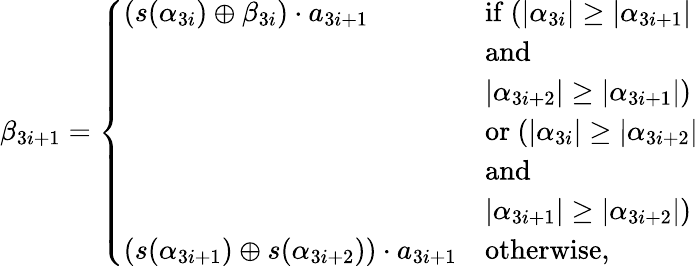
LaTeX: \begin{array}{r}{\beta_{3i+1}=\left\{ \begin{array}{ll}{(s(\alpha_{3i})\oplus\beta_{3i})\cdot a_{3i+1}}&{\mathrm{if~}(|\alpha_{3i}|\geq|\alpha_{3i+1}|}\\ &{\mathrm{and~}}\\ &{|\alpha_{3i+2}|\geq|\alpha_{3i+1}|)}\\ &{\mathrm{or~}(|\alpha_{3i}|\geq|\alpha_{3i+2}|}\\ &{\mathrm{and~}}\\ &{|\alpha_{3i+1}|\geq|\alpha_{3i+2}|)}\\ {(s(\alpha_{3i+1})\oplus s(\alpha_{3i+2}))\cdot a_{3i+1}}&{\mathrm{otherwise,}}\end{array}\right.}\end{array}